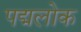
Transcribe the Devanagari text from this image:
पद्मलोक